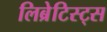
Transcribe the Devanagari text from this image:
लिब्रेटिस्ट्स